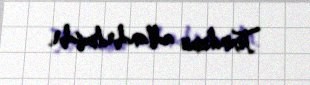
Texnikumu adlandırılmışdır.